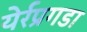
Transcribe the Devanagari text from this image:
येर्रप्रगडा